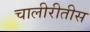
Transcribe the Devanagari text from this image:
चालीरीतीस